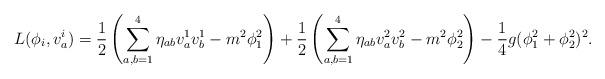
LaTeX: \begin{align*}L(\phi_i,v^i_a)=\frac{1}{2}\left(\sum_{a,b=1}^4 \eta_{ab}v^1_av^1_b-m^2\phi_1^2\right)+\frac{1}{2}\left(\sum_{a,b=1}^4 \eta_{ab}v^2_av^2_b-m^2\phi_2^2\right)-\frac{1}{4}g(\phi_1^2+\phi_2^2)^2.\end{align*}